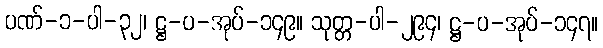
ပဏ်-၁-ပါ-၃၂၊ ဋ္ဌ-ပ-အုပ်-၁၄၉။ သုတ္တ-ပါ-၂၉၄၊ ဋ္ဌ-ပ-အုပ်-၁၄၇။